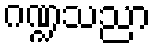
ဂဏ္ဍသညာ